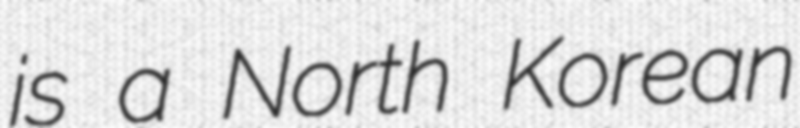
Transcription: is a North Korean